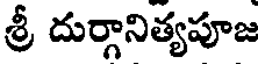
శ్రీ దుర్గానిత్యపూజ